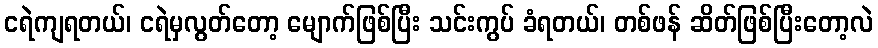
ငရဲကျရတယ်၊ ငရဲမှလွတ်တော့ မျောက်ဖြစ်ပြီး သင်းကွပ် ခံရတယ်၊ တစ်ဖန် ဆိတ်ဖြစ်ပြီးတော့လဲ